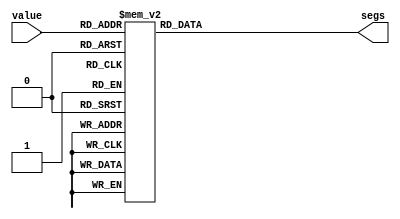
module digit_lut_14 (
    input [3:0] value,
    output reg [6:0] segs
  );
  
  
  
  always @* begin
    
    case (value)
      1'h0: begin
        segs = 7'h3f;
      end
      1'h1: begin
        segs = 7'h06;
      end
      2'h2: begin
        segs = 7'h5b;
      end
      2'h3: begin
        segs = 7'h4f;
      end
      3'h4: begin
        segs = 7'h66;
      end
      3'h5: begin
        segs = 7'h6d;
      end
      3'h6: begin
        segs = 7'h7d;
      end
      3'h7: begin
        segs = 7'h07;
      end
      4'h8: begin
        segs = 7'h73;
      end
      4'h9: begin
        segs = 7'h71;
      end
      default: begin
        segs = 7'h40;
      end
    endcase
  end
endmodule